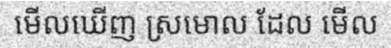
មើលឃើញ ស្រមោល ដែល មើល